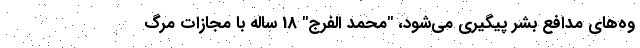
وه‌های مدافع بشر پیگیری می‌شود، "محمد الفرج" 18 ساله با مجازات مرگ